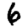
Digit: 6